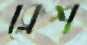
ক্লেশ